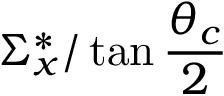
\Sigma _ { x } ^ { * } / \tan \frac { \theta _ { c } } { 2 }